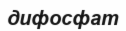
дифосфат